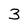
Character: 3